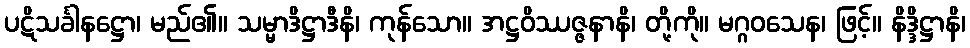
ပဋိသင်္ခါနဋ္ဌော၊ မည်၏။ သမ္မာဒိဋ္ဌာဒီနိ၊ ကုန်သော။ အဋ္ဌဝိဿဇ္ဇနာနိ၊ တို့ကို။ မဂ္ဂဝသေန၊ ဖြင့်။ နိဒ္ဒိဋ္ဌာနိ၊